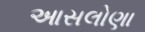
આસલોણા